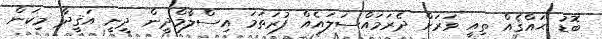
ބޮޑު ޙައްޤެއް ތިއީ ވަރަށް ދެރަމައްސަލައެއް ފުރަތަމަ އިސްލާމްދީން ދީނީ އަޤީދާ މިކަން